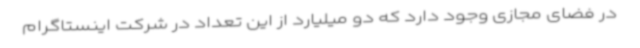
در فضای مجازی وجود دارد که دو میلیارد از این تعداد در شرکت اینستاگرام